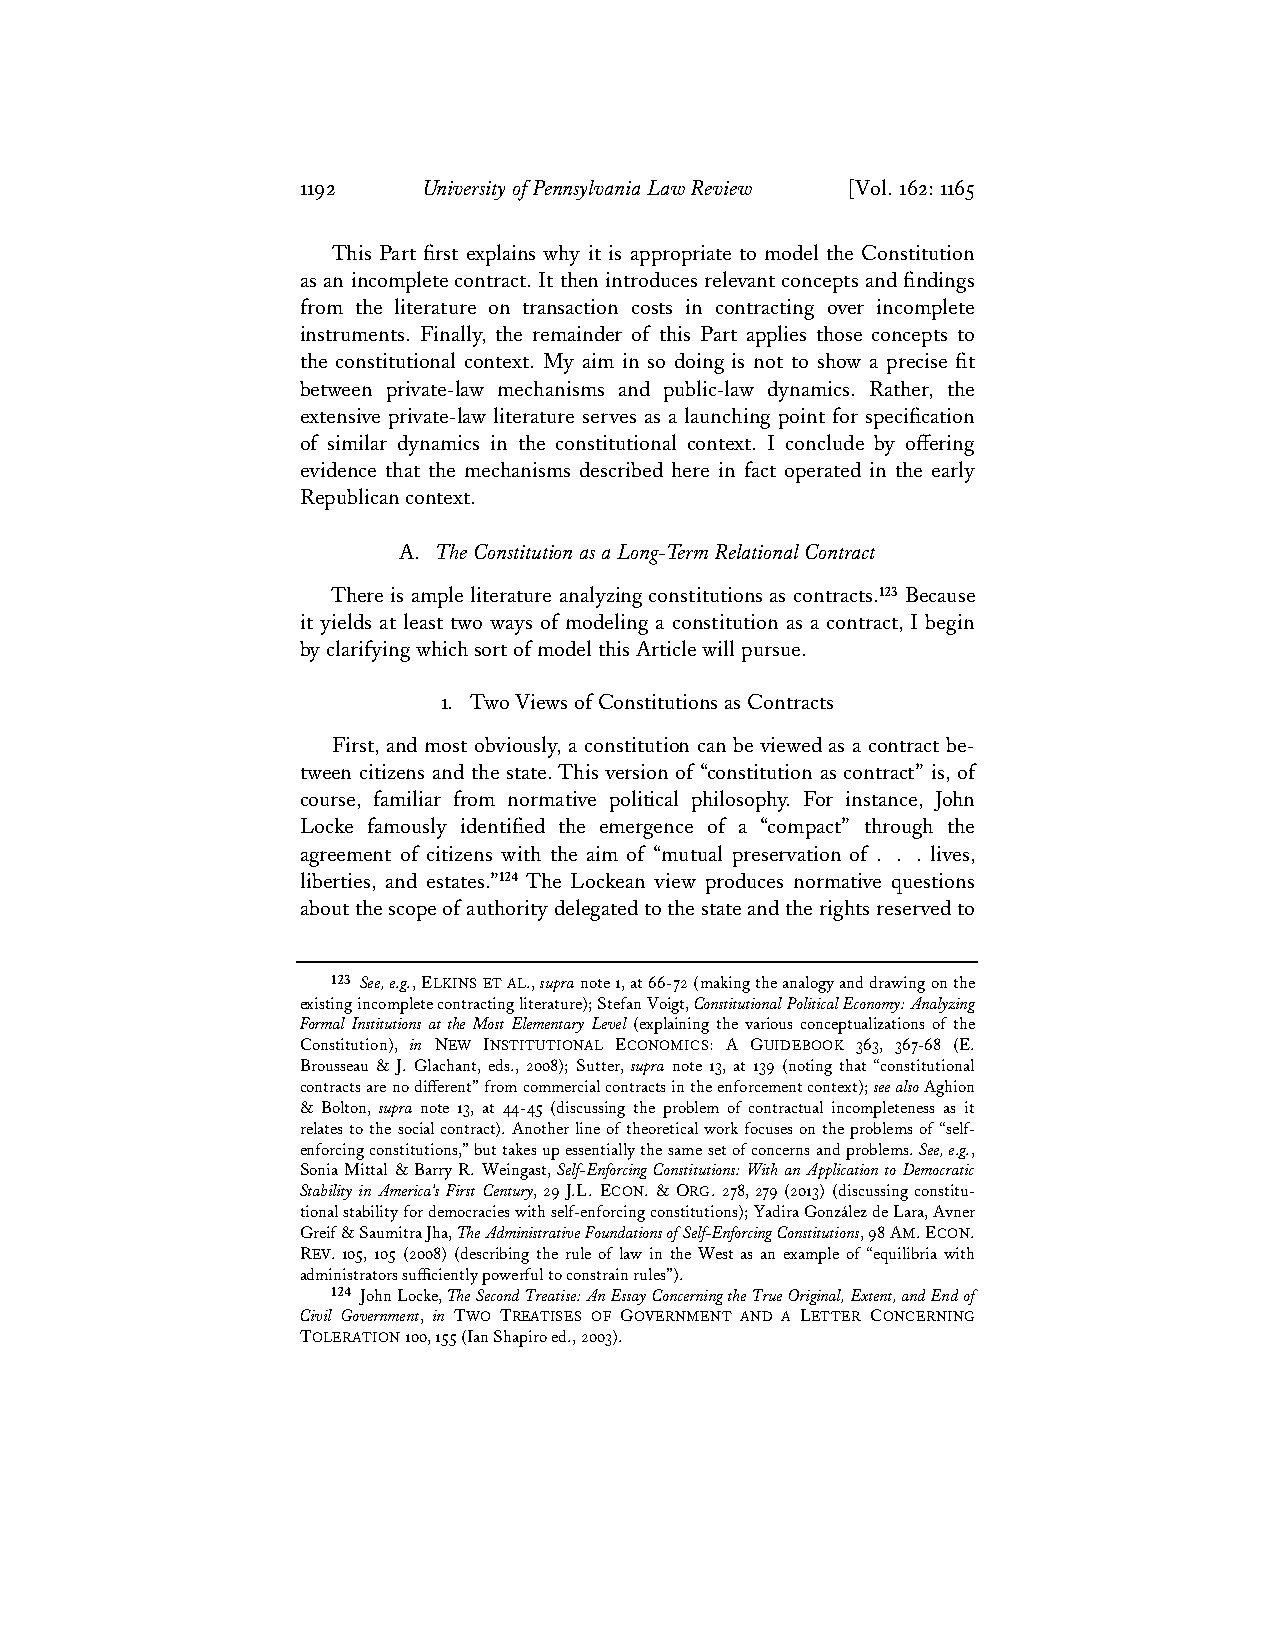
1192    University of Pennsylvania Law Review [Vol. 162: 1165
 This Part first explains why it is appropriate to model the Constitution
 as an incomplete contract. It then introduces relevant concepts and findings
 from the literature on transaction costs in contracting over incomplete
 instruments. Finally, the remainder of this Part applies those concepts to
 the constitutional context. My aim in so doing is not to show a precise fit
 between private-law mechanisms and public-law dynamics. Rather, the
 extensive private-law literature serves as a launching point for specification
 of similar dynamics in the constitutional context. I conclude by offering
 evidence that the mechanisms described here in fact operated in the early
 Republican context.
 A. The Constitution as a Long-Term Relational Contract
 There is ample literature analyzing constitutions as contracts.123 Because
 it yields at least two ways of modeling a constitution as a contract, I begin
 by clarifying which sort of model this Article will pursue.
 1. Two Views of Constitutions as Contracts
 First, and most obviously, a constitution can be viewed as a contract be-
 tween citizens and the state. This version of “constitution as contract” is, of
 course, familiar from normative political philosophy. For instance, John
 Locke famously identified the emergence of a “compact” through the
 agreement of citizens with the aim of “mutual preservation of . . . lives,
 liberties, and estates.”124 The Lockean view produces normative questions
 about the scope of authority delegated to the state and the rights reserved to
 123 See, e.g., ELKINS ET AL., supra note 1, at 66-72 (making the analogy and drawing on the
 existing incomplete contracting literature); Stefan Voigt, Constitutional Political Economy: Analyzing
 Formal Institutions at the Most Elementary Level (explaining the various conceptualizations of the
 Constitution), in NEW INSTITUTIONAL ECONOMICS: A GUIDEBOOK 363, 367-68 (E.
 Brousseau & J. Glachant, eds., 2008); Sutter, supra note 13, at 139 (noting that “constitutional
 contracts are no different” from commercial contracts in the enforcement context); see also Aghion
 & Bolton, supra note 13, at 44-45 (discussing the problem of contractual incompleteness as it
 relates to the social contract). Another line of theoretical work focuses on the problems of “self-
 enforcing constitutions,” but takes up essentially the same set of concerns and problems. See, e.g.,
 Sonia Mittal & Barry R. Weingast, Self-Enforcing Constitutions: With an Application to Democratic
 Stability in America’s First Century, 29 J.L. ECON. & ORG. 278, 279 (2013) (discussing constitu-
 tional stability for democracies with self-enforcing constitutions); Yadira González de Lara, Avner
 Greif & Saumitra Jha, The Administrative Foundations of Self-Enforcing Constitutions, 98 AM. ECON.
 REV. 105, 105 (2008) (describing the rule of law in the West as an example of “equilibria with
 administrators sufficiently powerful to constrain rules”).
 124 John Locke, The Second Treatise: An Essay Concerning the True Original, Extent, and End of
 Civil Government, in TWO TREATISES OF GOVERNMENT AND A LETTER CONCERNING
 TOLERATION 100, 155 (Ian Shapiro ed., 2003).